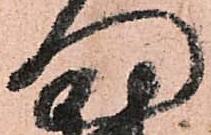
門